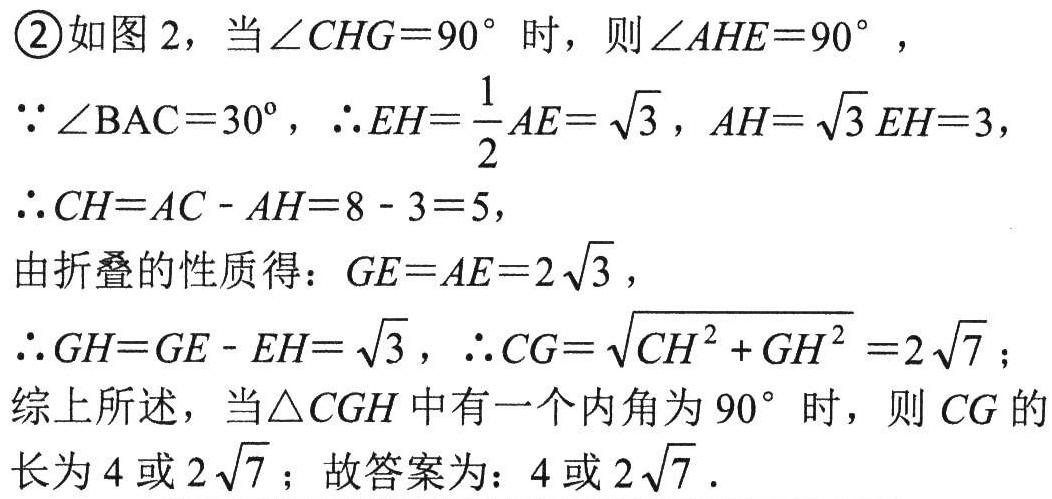
\textcircled{2}如图2，当\(\angle CHG = 90^{\circ}\)时，则\(\angle AHE = 90^{\circ}\)，
\(\because\angle BAC = 30^{\circ}\)，\(\therefore EH=\frac{1}{2}AE = \sqrt{3}\)，\(AH = \sqrt{3}EH = 3\)，
\(\therefore CH = AC - AH = 8 - 3 = 5\)，
由折叠的性质得：\(GE = AE = 2\sqrt{3}\)，
\(\therefore GH = GE - EH=\sqrt{3}\)，\(\therefore CG=\sqrt{CH^{2}+GH^{2}} = 2\sqrt{7}\)；
综上所述，当\(\triangle CGH\)中有一个内角为\(90^{\circ}\)时，则\(CG\)的长为\(4\)或\(2\sqrt{7}\)；故答案为：\(4\)或\(2\sqrt{7}\)．